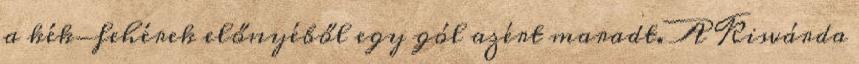
a kék-fehérek előnyéből egy gól azért maradt. A Kisvárda